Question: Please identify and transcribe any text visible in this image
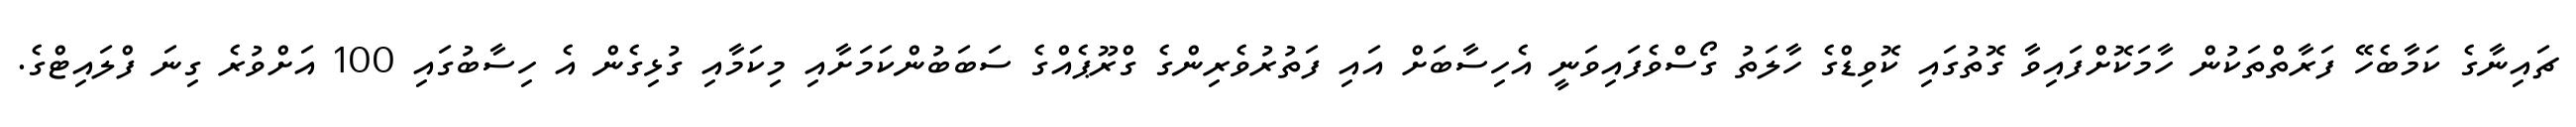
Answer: ޗައިނާގެ ކަމާބެހޭ ފަރާތްތަކުން ހާމަކޮށްފައިވާ ގޮތުގައި ކޮވިޑްގެ ހާލަތު ގޯސްވެފައިވަނީ އެހިސާބަށް އައި ފަތުރުވެރިންގެ ގްރޫޕެއްގެ ސަބަބުންކަމަށާއި މިކަމާއި ގުޅިގެން އެ ހިސާބުގައި 100 އަށްވުރެ ގިނަ ފްލައިޓްގެ.